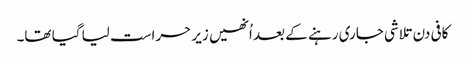
کافی دن تلاشی جاری رہنے کے بعد اُنھیں زیر حراست لیا گیا تھا۔